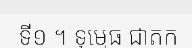
ទី១ ។ ទុម្មេធ ជាតក